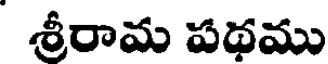
శ్రీరామ పథము